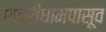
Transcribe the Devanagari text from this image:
शबरीधामपासूव